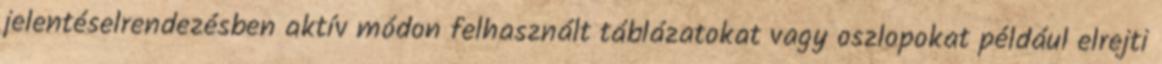
jelentéselrendezésben aktív módon felhasznált táblázatokat vagy oszlopokat például elrejti